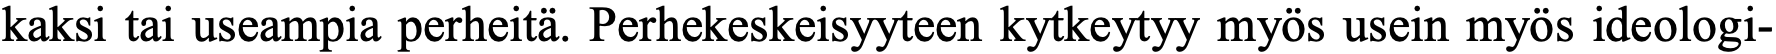
kaksi tai useampia perheitä. Perhekeskeisyyteen kytkeytyy myös usein myös ideologi-